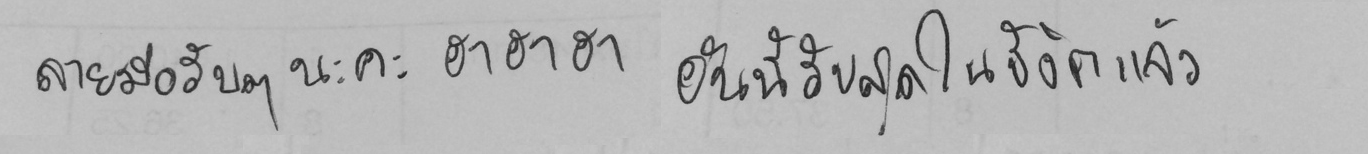
ลายมือรีบๆ นะคะ ฮาฮาฮา อันนี้รีบสุดในชีวติแล้ว